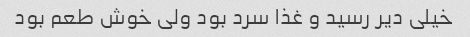
خیلی دیر رسید و غذا سرد بود ولی خوش طعم بود